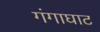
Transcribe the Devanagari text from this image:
गंगाघाट